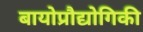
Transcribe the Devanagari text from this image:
बायोप्रौद्योगिकी